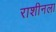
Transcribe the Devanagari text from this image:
राशीनला